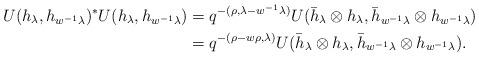
LaTeX: \begin{align*}U(h_\lambda,h_{w^{-1}\lambda})^*U(h_\lambda,h_{w^{-1}\lambda})&=q^{-(\rho,\lambda-w^{-1}\lambda)}U(\bar h_\lambda\otimes h_\lambda,\bar h_{w^{-1}\lambda}\otimes h_{w^{-1}\lambda})\\&=q^{-(\rho-w\rho,\lambda)}U(\bar h_\lambda\otimes h_\lambda,\bar h_{w^{-1}\lambda}\otimes h_{w^{-1}\lambda}).\end{align*}